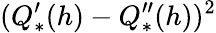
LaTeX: (Q_{*}^{\prime}(h)-Q_{*}^{\prime\prime}(h))^{2}